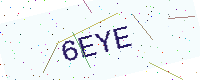
Text: 6EYE